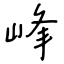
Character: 峰